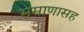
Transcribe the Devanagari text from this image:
ससाणासह